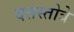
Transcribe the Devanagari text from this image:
दत्तस्तोत्रे